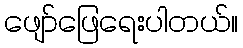
ဖျော်ဖြေရေးပါတယ်။